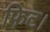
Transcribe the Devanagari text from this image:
फिट।